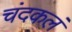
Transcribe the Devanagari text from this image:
चंदकलं